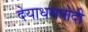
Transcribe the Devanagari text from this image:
देयाधमपोदी